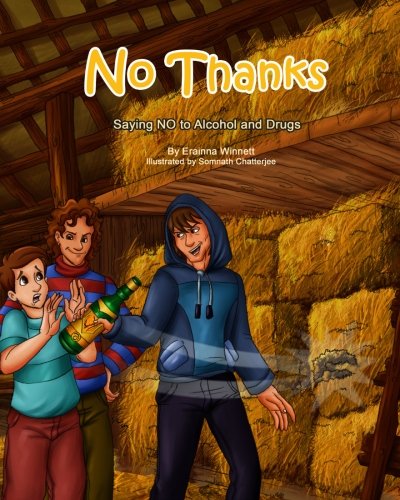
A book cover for No Thanks!: Saying No to Alcohol and Drugs; Erainna Winnett; Children's Books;